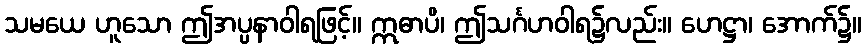
သမယေ ဟူသော ဤအပ္ပနာဝါရဖြင့်။ ဣဓာပိ၊ ဤသင်္ဂဟဝါရ၌လည်း။ ဟေဋ္ဌာ၊ အောက်၌။